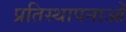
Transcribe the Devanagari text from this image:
प्रतिस्थापनाओं